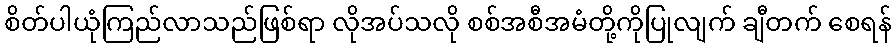
စိတ်ပါယုံကြည်လာသည်ဖြစ်ရာ လိုအပ်သလို စစ်အစီအမံတို့ကိုပြုလျက် ချီတက် စေရန်